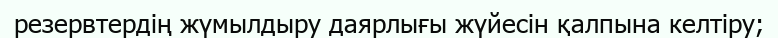
резервтердің жүмылдыру даярлығы жүйесін қалпына келтіру;